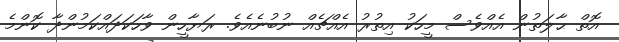
އޮތް ޙާލަތުން އެއްވެސް މީހަކު އިތުރު އެއްޗެއް ނުބުނެއެވެ. ރަޔާހީން ވާހަކަދައްކަމުންދާ ކޮންމެ